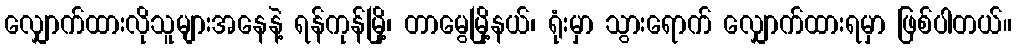
လျှောက်ထားလိုသူများအနေနဲ့ ရန်ကုန်မြို့၊ တာမွေမြို့နယ်၊ ရုံးမှာ သွားရောက် လျှောက်ထားရမှာ ဖြစ်ပါတယ်။